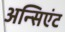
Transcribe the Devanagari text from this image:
अन्सिएंट